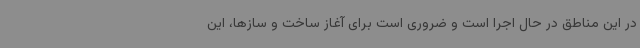
در این مناطق در حال اجرا است و ضروری است برای آغاز ساخت و سازها، این